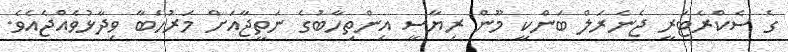
ގެ ސެކްރެޓަރީ ޖެނެރަލް ބަންކީ މޫން ރިޔާސީ އިންތިހާބުގެ ނަތީޖާއަށް މަރުހަބާ ވިދާޅުވެއްޖެއެވެ.